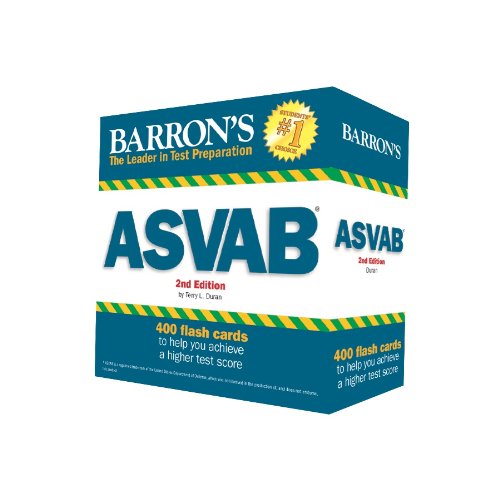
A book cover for Barron's ASVAB Flash Cards, 2nd Edition; Terry L. Duran; Test Preparation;